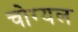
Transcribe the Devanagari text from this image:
चोग्यल